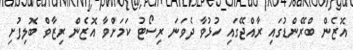
އޮޒެން ބްރޭންޑުގައި ރާއްޖޭގައި ހުޅުވާ ދެވަނަ ރިސޯޓު ކަމަށްވާ އޮޒެން ރިޒާވް ބޮލިފުށި